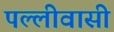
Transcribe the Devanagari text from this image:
पल्लीवासी